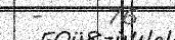
-     76